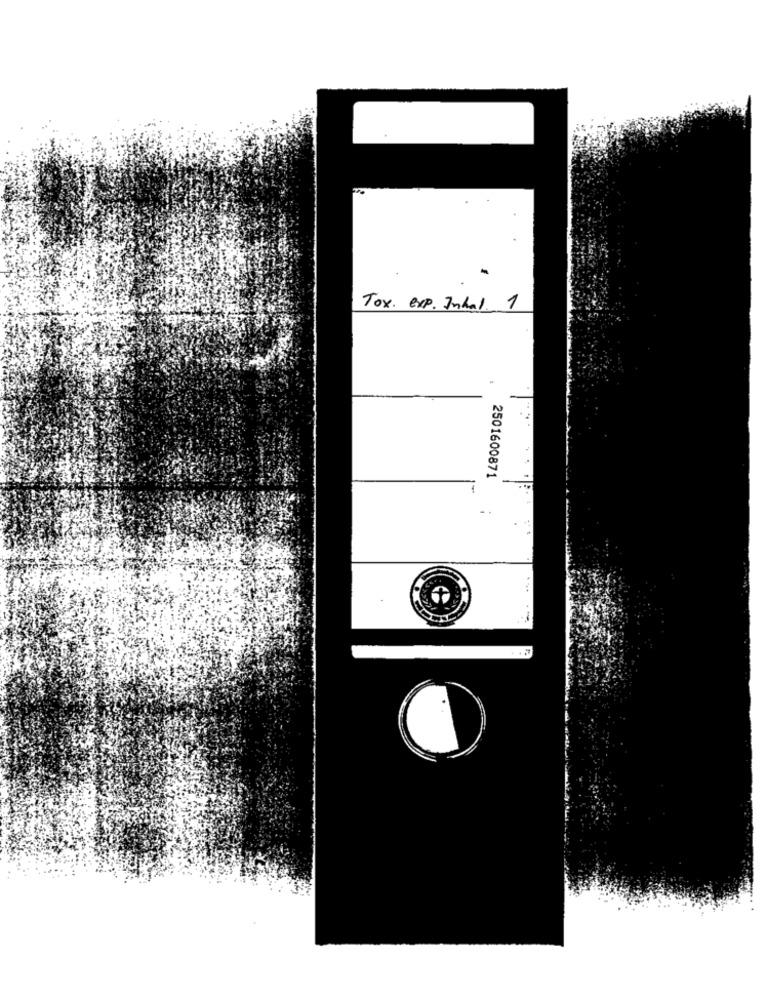
Tox. exp. Inhal. 1
2501600871